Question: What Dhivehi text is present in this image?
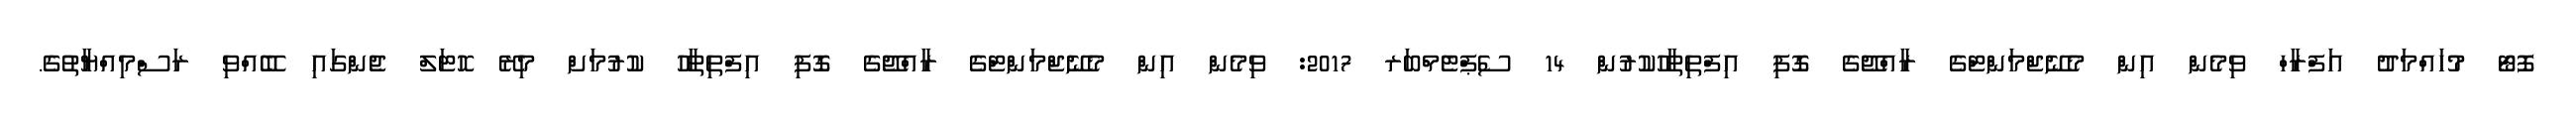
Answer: ފޮޓޯ މުހައްމަދު އަފްރާހް ވިމެން އިން މެނޭޖްމަންޓްގެ ރާއްޖޭގެ ގޮފި އިފްތިތާހުކުރުން 14 ސެޕްޓެމްބަރ 2017: ވިމެން އިން މެނޭޖްމަންޓްގެ ރާއްޖޭގެ ގޮފި އިފްތިތާހު ކުރުމަށް މިރޭ ހޮޓަލް ޖެންގައި ބޭއްވި ރަސްމިއްޔާތުގެ.